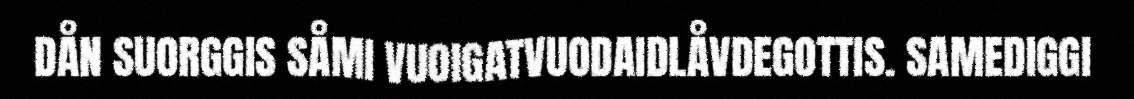
DÅN SUORGGIS SÅMI VUOIGATVUODAIDLÅVDEGOTTIS. SAMEDIGGI